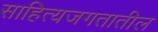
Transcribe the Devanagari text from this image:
साहित्यजगतातील